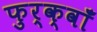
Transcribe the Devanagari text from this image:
फुर्क्वाँ